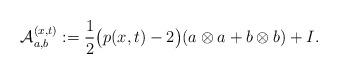
LaTeX: \begin{align*}\mathcal A_{a,b}^{(x,t)}:=\frac{1}{2}\big(p(x,t)-2\big)(a \otimes a+b\otimes b)+I.\end{align*}